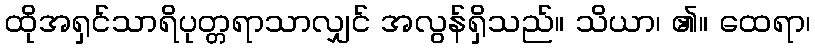
ထိုအရှင်သာရိပုတ္တရာသာလျှင် အလွန်ရှိသည်။ သိယာ၊ ၏။ ထေရာ၊